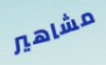
مشاهير